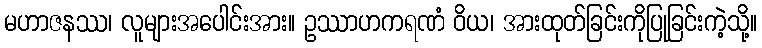
မဟာဇနဿ၊ လူများအပေါင်းအား။ ဥဿာဟကရဏံ ဝိယ၊ အားထုတ်ခြင်းကိုပြုခြင်းကဲ့သို့။